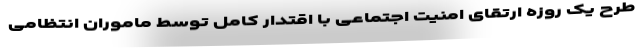
طرح یک روزه ارتقای امنیت اجتماعی با اقتدار کامل توسط ماموران انتظامی